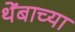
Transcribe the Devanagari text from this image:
थेंबाच्या